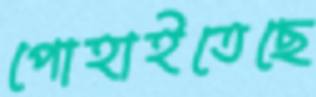
পোহাইতেছে